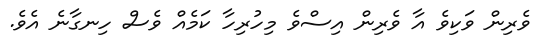
ވެރިން ވަކިވެ އާ ވެރިން އިސްވެ މިހުރިހާ ކަމެއް ވެސް ހިނގާނެ އެވެ.